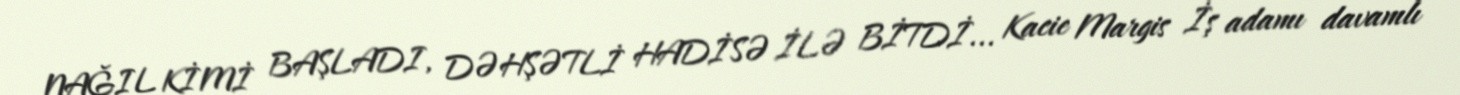
NAĞIL KİMİ BAŞLADI, DƏHŞƏTLİ HADİSƏ İLƏ BİTDİ... Kacie Margis İş adamı davamlı